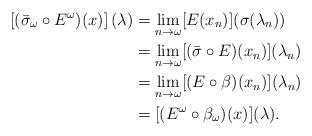
LaTeX: \begin{align*}\left[ (\bar{\sigma}_\omega\circ E^\omega)(x) \right](\lambda) &= \lim_{n\to \omega}[E(x_n)](\sigma(\lambda_n)) \\&= \lim_{n\to \omega}[(\bar{\sigma}\circ E )(x_n)](\lambda_n) \\&= \lim_{n\to\omega} [(E\circ \beta)(x_n)](\lambda_n) \\&= [(E^\omega\circ \beta_\omega)(x)](\lambda).\end{align*}